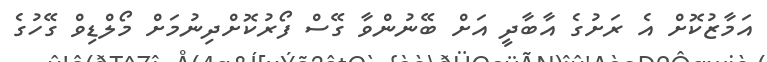
އަމާޒުކޮށް އެ ރަށުގެ އާބާދީ އަށް ބޭނުންވާ ގޭސް ފޯރުކޮށްދިނުމަށް މޯލްޑިވް ގޭހުގެ